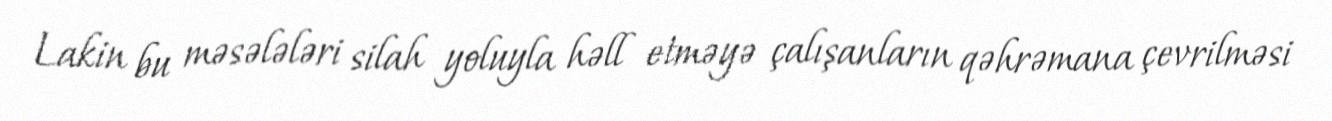
Lakin bu məsələləri silah yoluyla həll etməyə çalışanların qəhrəmana çevrilməsi